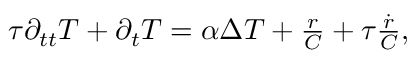
\begin{array} { r } { \tau \partial _ { t t } T + \partial _ { t } T = \alpha \Delta T + \frac { r } { C } + \tau \frac { \dot { r } } { C } , } \end{array}